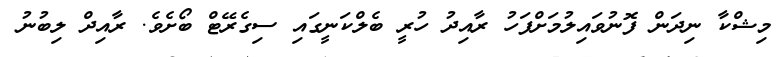
މިޝްކާ ނިދަން ފޮނުވައިލުމަށްފަހު ރާއިދު ހުރީ ބެލްކަނީގައި ސިގެރޭޓް ބޯށެވެ. ރާއިދް ލިބުނު